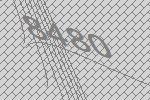
8480